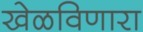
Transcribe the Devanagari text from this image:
खेळविणारा